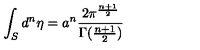
\int _ { S } { d ^ { n } } { \eta } = a ^ { n } \frac { 2 \pi ^ { \frac { n + 1 } { 2 } } } { \Gamma ( \frac { n + 1 } { 2 } ) }